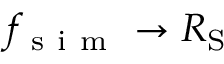
f _ { \mathrm { ~ s ~ i ~ m ~ } } \rightarrow R _ { \mathrm { S } }